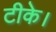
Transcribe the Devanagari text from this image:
टीके।